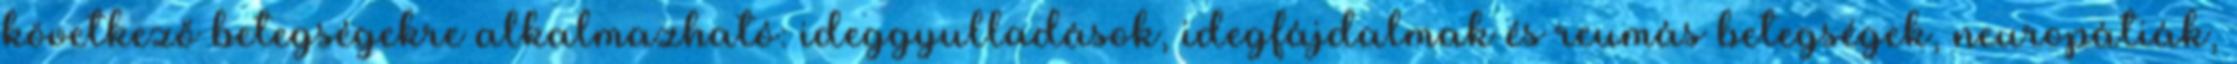
következő betegségekre alkalmazható: ideggyulladások, idegfájdalmak és reumás betegségek, neuropátiák,